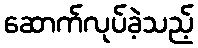
ဆောက်လုပ်ခဲ့သည့်